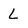
Character: L